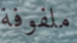
ملفوفة